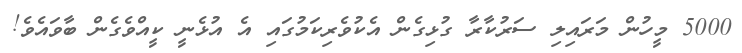
5000 މީހުން މަރައިލި ސަރުކާރާ ގުޅިގެން އެކުވެރިކަމުގައި އެ އުޅެނީ ކީއްވެގެން ބާވައެވެ!